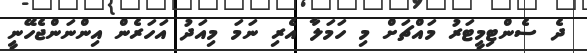
ދެ ސެންޓިމީޓަރު މައްޗަށް މި ހަމަލާ އެރި ނަމަ މިއަދު އަހަރެން އިންނަންޖެހޭނީ